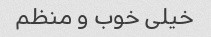
خیلی خوب و منظم